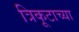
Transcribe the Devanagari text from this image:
त्रिकूटाच्या